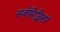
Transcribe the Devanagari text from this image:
सर्वसिद्धिकरं